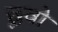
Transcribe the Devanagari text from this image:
छूवो